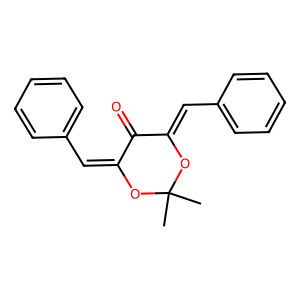
SMILES: CC1(C)OC(=Cc2ccccc2)C(=O)C(=Cc2ccccc2)O1
Inhibits HIV replication: No